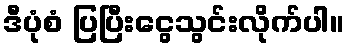
ဒီပုံစံ ပြပြီးငွေသွင်းလိုက်ပါ။